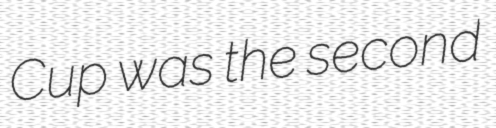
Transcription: Cup was the second